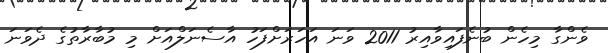
ވެންގާ މިހެން ބުނެފައިވާއިރު 2011 ވަނަ އަހަރަށްފަހު އާސެނަލްއަށް މި މުބާރާތުގެ ދެވަނަ